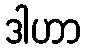
ဒါဟာ